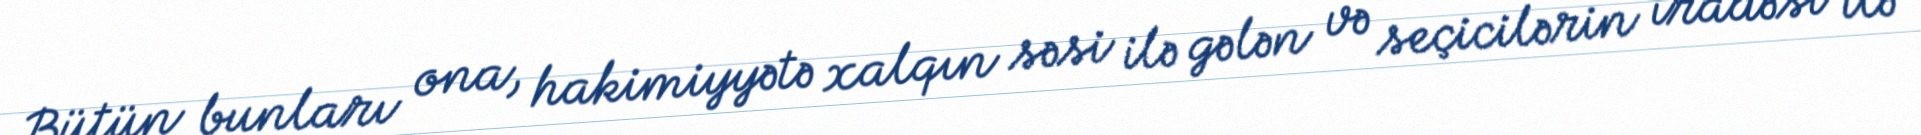
Bütün bunları ona, hakimiyyətə xalqın səsi ilə gələn və seçicilərin iradəsi ilə